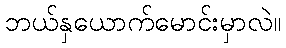
ဘယ်နှယောက်မောင်းမှာလဲ။